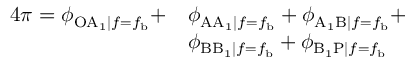
\begin{array} { r l } { 4 \pi = \phi _ { \mathrm { O A } _ { 1 } | f = f _ { \mathrm { b } } } + } & { \phi _ { \mathrm { A A } _ { 1 } | f = f _ { \mathrm { b } } } + \phi _ { \mathrm { A _ { 1 } B } | f = f _ { \mathrm { b } } } + } \\ & { \phi _ { \mathrm { B B _ { 1 } } | f = f _ { \mathrm { b } } } + \phi _ { \mathrm { B _ { 1 } P } | f = f _ { \mathrm { b } } } } \end{array}